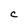
Character: C